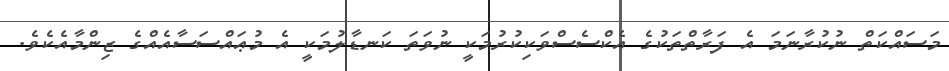
މަސައްކަތް ނުކުރާނަމަ އެ ފަރާތްތަކުގެ އެކްސެސްވަކިކުރުމަކީ ނުވަތަ ކަނޑާލުމަކީ އެ މުޢައްސަސާއެއްގެ ޒިންމާއެކެވެ.